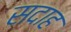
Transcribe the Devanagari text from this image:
सदाह